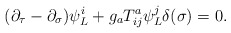
\begin{align*}(\partial_\tau-\partial_\sigma)\psi_L^i+g_aT^a_{ij}\psi_L^j\delta(\sigma)=0.\end{align*}